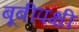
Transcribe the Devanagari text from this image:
बूबीपक्षी